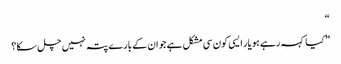
“
” کیا کہہ رہے ہو یار ایسی کون سی مشکل ہے جو ان کے بارے پتہ نہیں چل سکا؟